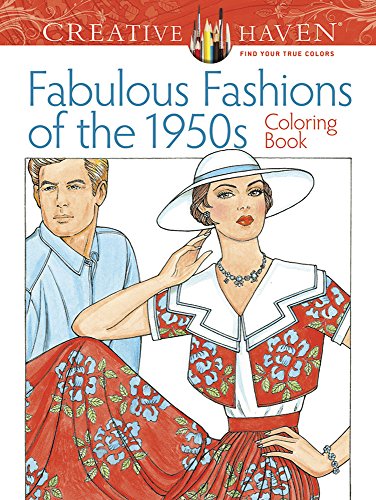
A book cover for Creative Haven Fabulous Fashions of the 1950s Coloring Book (Creative Haven Coloring Books); Ming-Ju Sun; Humor & Entertainment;